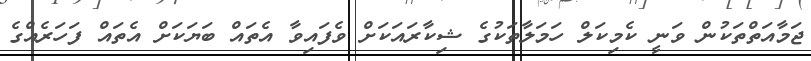
ޖަމާއަތްތަކުން ވަނީ ކެމިކަލް ހަމަލާތަކުގެ ޝިކާރައަކަށް ވެފައިވާ އެތައް ބަޔަކަށް އެތައް ފަހަރެއްގެ